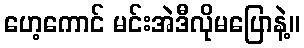
ဟေ့ကောင် မင်းအဲဒီလိုမပြောနဲ့။